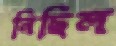
নিছিল